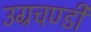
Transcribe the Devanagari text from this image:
उग्रचण्डी